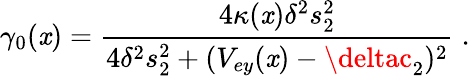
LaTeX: \gamma_{0}(\mathit{x})=\frac{{4\kappa(\mathit{x})\delta^{2}s_{2}^{2}}}{{4\delta^{2}s_{2}^{2}+(V_{ey}(\mathit{x})-\deltac_{2})^{2}}}\; .